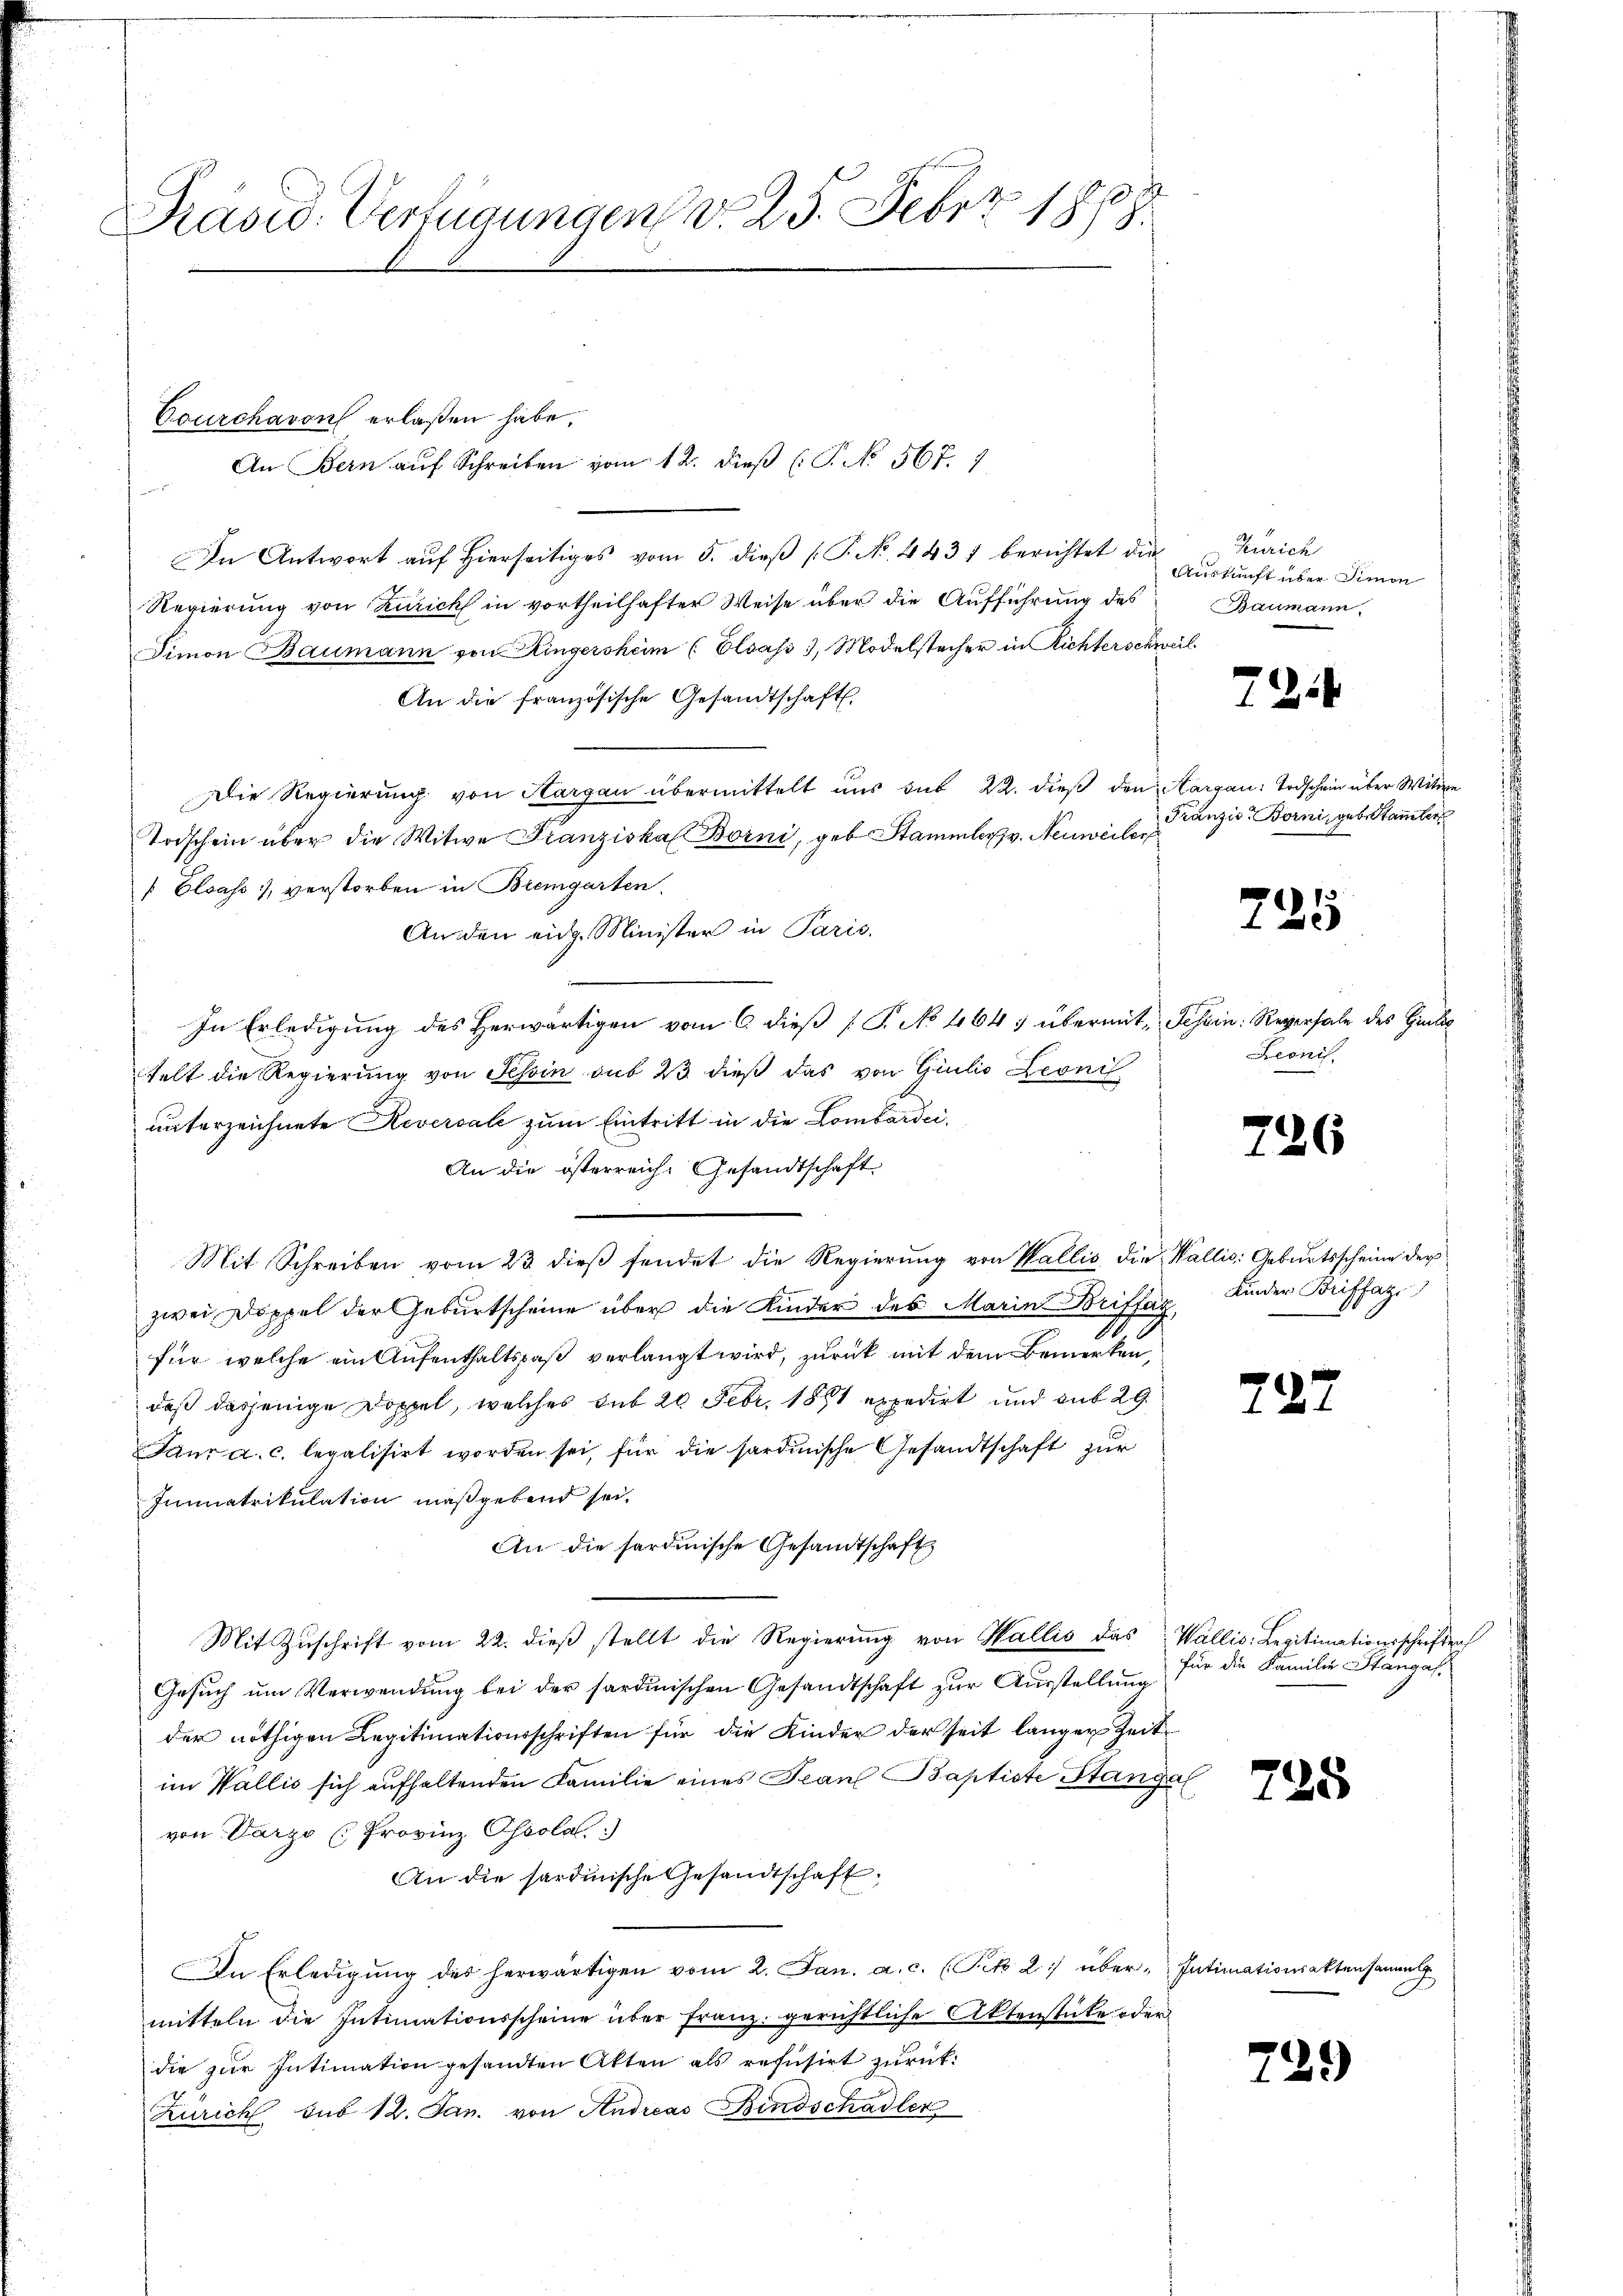
Präsid. Verfügungen v. 25. Febr. 1868

Courchavon erlaßen habe.
r
In Antwort auf Hierseitiges vom 5. dieß (P. No. 4437 berichtet die
Regierung von Zürich in vortheilhafter Weise über die Aufführung des
Simon Baumann von Kingersheim (Elsass 3, Modelstecher in Richterschweil
An die französische Gesandtschaft
Die Regierung von Hargau übermittelt uns sub 22. dieß den Aargau: Todschein über Wittwe
Todschein über die Witwe Franziska Borni, geb. Stammler v. Neuweiler
Elsass, verstorben in Bremgarten.
An den eidg. Minister in Paris.
In Erledigung des Herwärtigen vom 6 dieß [ P. No 464 übermit Tessin: Reversale des Hinte
telt die Regierung von Tessin sub 23 dieß das von Giulio Leonis
unterzeichnete Reversale zum Eintritt in die Lombardi¬
An die österreich. Gesandtschaft.
Mit Schreiben vom 23 dieβ sendet die Regierŭng von Wallis die Wallis: Gebŭrtsscheine der
zwei Doppel der Geburtscheine über die Kinder des Marin Briffag,
.
für welche ein Aufenthaltspaß verlangt wird, zurück mit dem Bemerken,
daß dasjenige Doppel, welches sub 20 Febr. 1881 expedirt und sub 29.
Paur a. c. legalisirt worden sei, für die sardinische Gesandtschaft zur
Imnnatrikulation maßgebend sei.
An die sardinische Gesandtschaft
Mit Zuschrift vom 22. dieß stellt die Regierung von Wallis das
Gesuch um Verwendung bei der sardinischen Gesandtschaft zur Ausstellung
der nöthigen Legitimationsschriften für die Kinder der seit länger Zeitim Wallis sich aufhaltenden Familie eines Jean Baptiste Stangal
von Parze (Provinz Oscola
An die sardinische Gesandtschaft,
In Erledigŭng des herwärtigen vom 2. Jan. a. c. (Pk 2: über-Intimationsaktensamen
mitteln die Intimationsscheine über Franz gerichtliche Aktenstücke oder
die zur Intimation gesandten Akten als refüsirt zurück:
Zürich sub 12. Jan. von Andreas Bindschadler

An Bern auf Schreiben vom 12. dieß (T. No. 567. 7

Zürich
Auskunft über Simon
Baumann.

724

Franzis-Borni, geb. Stammter

225

Reonis.

726

Kinder Briffaz

722

Wallis. Legitimationsschriften
für die Familie Stangas-

725

729)